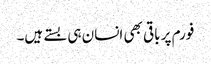
فورم پر باقی بھی انسان ہی بستے ہیں۔